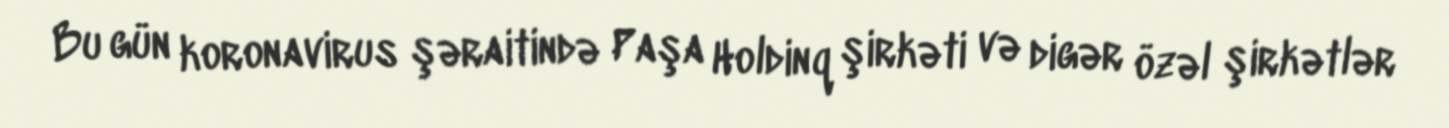
Bu gün koronavirus şəraitində Paşa Holdinq şirkəti və digər özəl şirkətlər